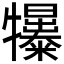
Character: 𤜌